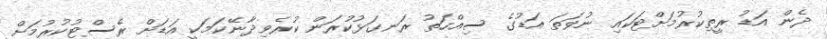
ދެން އަޑު ރީތިކުރުމަށްޓަކައި ނުވަތަ އަޑުގެ ސިއްހަތު ރަނގަޅުކުރަން ކުރެވިދާނޭކަމަކީ އަޑަށް ރެސްޓުކުރުމަށް